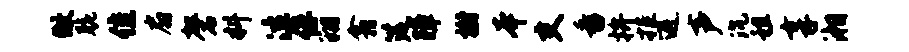
做脆隹扇磬料泣俘翔翕筵障榭本支番拚拒避声沉租享湘